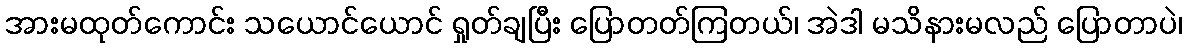
အားမထုတ်ကောင်း သယောင်ယောင် ရှုတ်ချပြီး ပြောတတ်ကြတယ်၊ အဲဒါ မသိနားမလည် ပြောတာပဲ၊